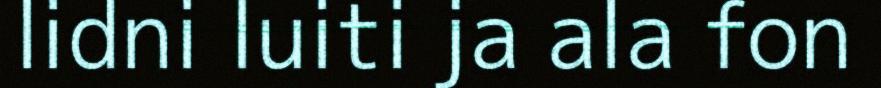
lidni luiti ja ala fon